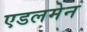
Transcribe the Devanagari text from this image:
एडलमेन